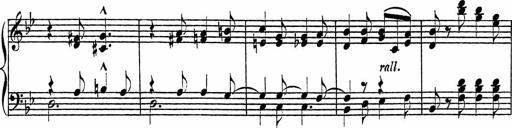
Title: Piano Sonatinas
Composer: Charles Fradel